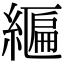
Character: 𦄒